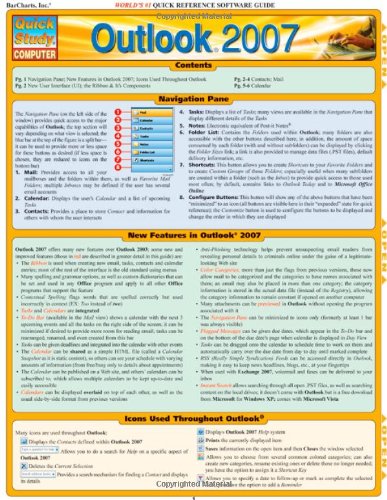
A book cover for Outlook 2007 (Laminated Reference Guide; Quick Study Computer); John Hales; Computers & Technology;